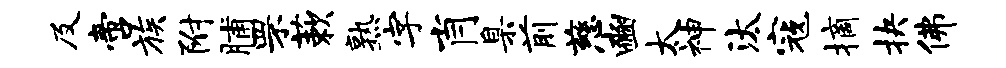
及啻族附脯罘蔌熟字肖臬前慈豳太神汰寇摘抉佛